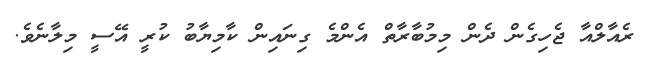
ރެއާލްއާ ޖެހިގެން ދެން މިމުބާރާތް އެންމެ ގިނައިން ކާމިޔާބު ކުރީ އޭސީ މިލާނެވެ.